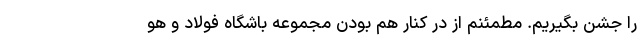
را جشن بگیریم. مطمئنم از در کنار هم بودن مجموعه باشگاه فولاد و هو